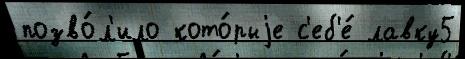
позво́л'ило кото́рыjе с'еб'е́ лавку5